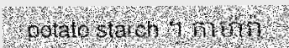
potato starch ។ កាម៉ារ៉ា